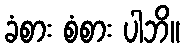
ခံစား စံစား ပါဘိ။